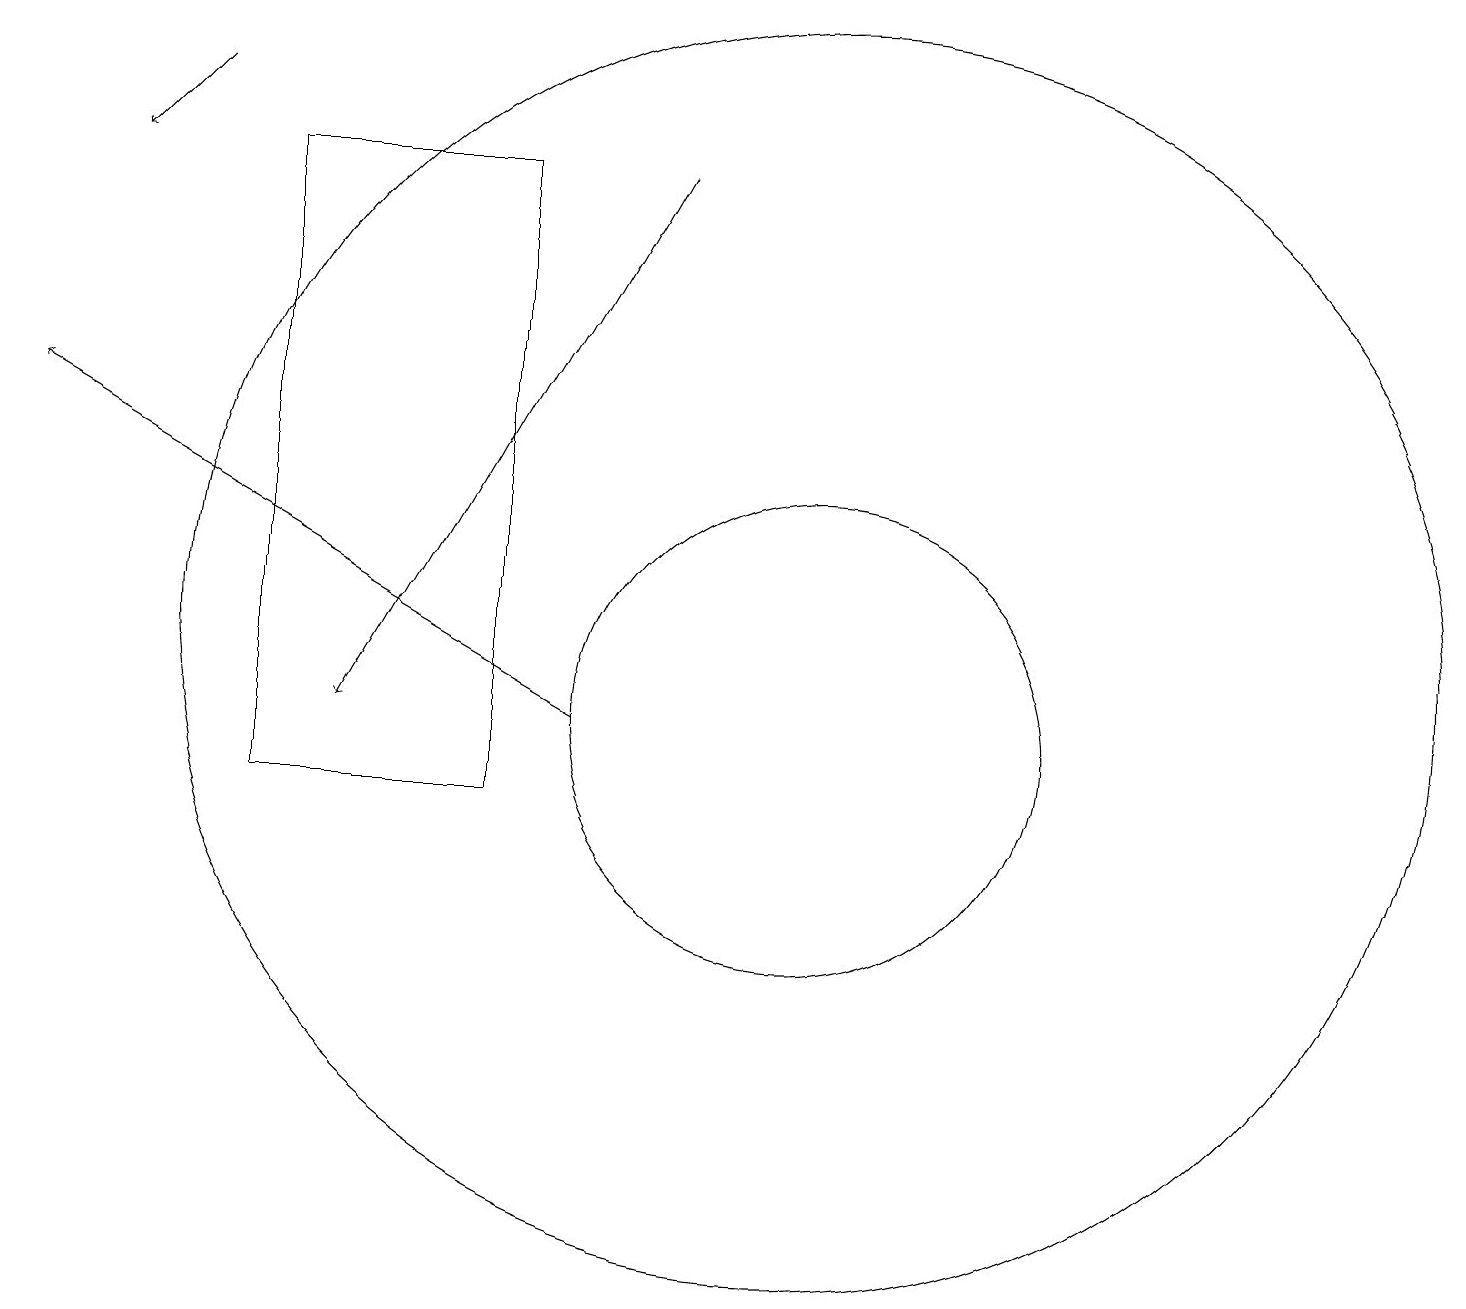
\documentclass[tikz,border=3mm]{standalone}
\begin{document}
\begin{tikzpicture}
\draw[->] (8,18) -- (4,11);
\draw (6,18) rectangle (3,10);
\draw (10,12) circle (8);
\draw[->] (7,11) -- (0,15);
\draw (10,11) circle (3);
\draw[->] (2,19) -- (1,18);
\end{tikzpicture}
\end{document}